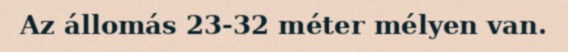
Az állomás 23-32 méter mélyen van.